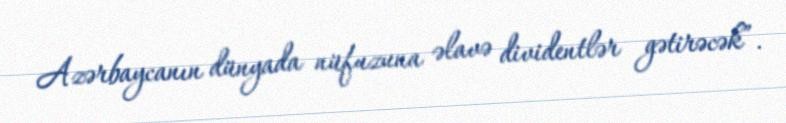
Azərbaycanın dünyada nüfuzuna əlavə dividentlər gətirəcək”.